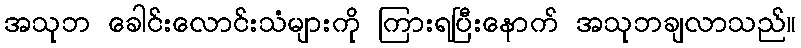
အသုဘ ခေါင်းလောင်းသံများကို ကြားရပြီးနောက် အသုဘချလာသည်။